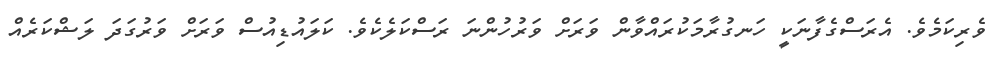
ވެރިކަމެވެ. އެރަސްގެފާނަކީ ހަނގުރާމަކުރައްވާން ވަރަށް ވަރުހުންނަ ރަސްކަލެކެވެ. ކަލައުޑިއުސް ވަރަށް ވަރުގަދަ ލަޝްކަރެއް